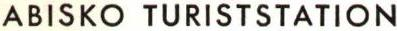
ABISKO TURISTSTATION